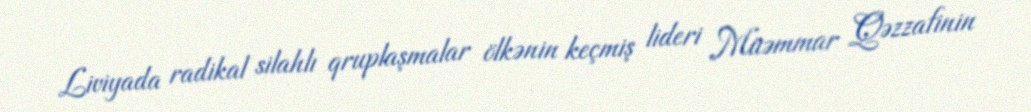
Liviyada radikal silahlı qruplaşmalar ölkənin keçmiş lideri Müəmmar Qəzzafinin